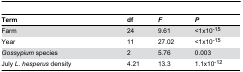
<table><thead><tr><td><b>Term</b></td><td><b>df</b></td><td><b><i>F</i></b></td><td><b><i>P</i></b></td></tr></thead><tbody><tr><td>Farm</td><td>24</td><td>9.61</td><td>&lt;1x10<sup>-15</sup></td></tr><tr><td>Year</td><td>11</td><td>27.02</td><td>&lt;1x10<sup>-15</sup></td></tr><tr><td><i>Gossypium</i> species</td><td>2</td><td>5.76</td><td>0.003</td></tr><tr><td>July <i>L. hesperus</i> density</td><td>4.21</td><td>13.3</td><td>1.1x10<sup>-12</sup></td></tr></tbody></table>